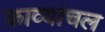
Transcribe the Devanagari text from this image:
काव्यांचल